Vaccination Hyderabad 1872-1889 - 1872-1889
Year: 1872
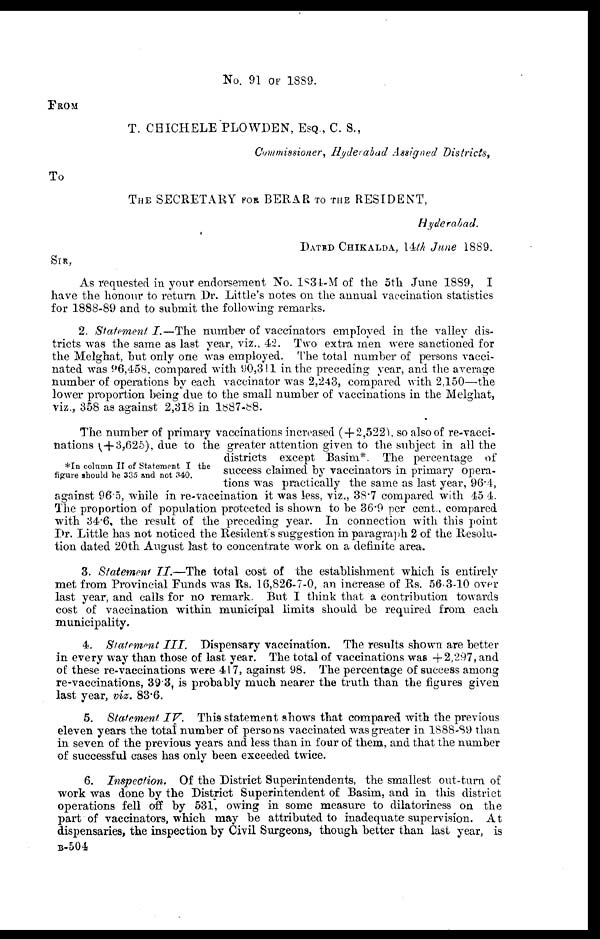
No. 91 OF 1889.
FROM
T. CHICHELE PLOWDEN, ESQ., C. S.,
Commissioner, Hyderabad Assigned Districts,
To
THE SECRETARY FOR BERAR TO THE RESIDENT,
Hyderabad.
DATED CHIKALDA, 14th June 1889.
SIR,
As requested in your endorsement No. 1834-M of the 5th June 1889, I
have the honour to return Dr. Little's notes on the annual vaccination statistics
for 1888-89 and to submit the following remarks.
2. Statement I.—The number of vaccinators employed in the valley dis-
tricts was the same as last year, viz., 42. Two extra men were sanctioned for
the Melghat, but only one was employed. The total number of persons vacci-
nated was 96,458, compared with 90,311 in the preceding year, and the average
number of operations by each vaccinator was 2,243, compared with 2,150—the
lower proportion being due to the small number of vaccinations in the Melghat,
viz., 358 as against 2,318 in 1887-88.
*In column II of Statement I the
figure should be 335 and not 340.
The number of primary vaccinations increased (+2,522), so also of re-vacci-
nations (+3,625), due to the greater attention given to the subject in all the
districts except Basim*. The percentage of
success claimed by vaccinators in primary opera-
tions was practically the same as last year, 96.4,
against 96.5, while in re-vaccination it was less, viz., 38.7 compared with 45.4.
The proportion of population protected is shown to be 36.9 per cent., compared
with 34.6, the result of the preceding year. In connection with this point
Dr. Little has not noticed the Residents suggestion in paragraph 2 of the Resolu-
tion dated 20th August last to concentrate work on a definite area.
3. Statement II.—The total cost of the establishment which is entirely
met from Provincial Funds was Rs. 16,826-7-0, an increase of Rs. 56-3-10 over
last year, and calls for no remark. But I think that a contribution towards
cost of vaccination within municipal limits should be required from each
municipality.
4. Statement III.
Dispensary vaccination. The results shown are better
in every way than those of last year. The total of vaccinations was + 2,297, and
of these re-vaccinations were 417, against 98. The percentage of success among
re-vaccinations, 39.3, is probably much nearer the truth than the figures given
last year, viz, 83.6.
5. Statement IV.
This statement shows that compared with the previous
eleven years the total number of persons vaccinated was greater in 1888-89 than
in seven of the previous years and less than in four of them, and that the number
of successful cases has only been exceeded twice.
6. Inspection. Of the District Superintendents, the smallest out-turn of
work was done by the District Superintendent of Basim, and in this district
operations fell off by 531, owing in some measure to dilatoriness on the
part of vaccinators, which may be attributed to inadequate supervision. At
dispensaries, the inspection by Civil Surgeons, though better than last year, is
B-504